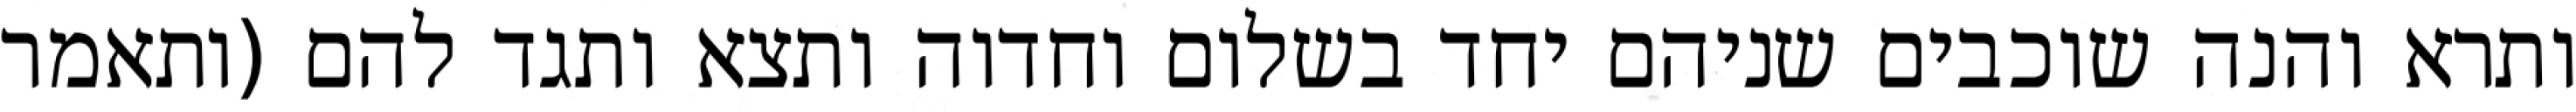
ותרא והנה שוכבים שניהם יחד בשלום וחדוה ותצא ותגד להם (ותאמר